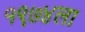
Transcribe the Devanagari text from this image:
१९७४ला